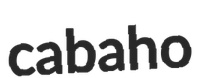
cabaho